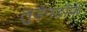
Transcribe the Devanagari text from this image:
लुडेनडॉर्फ